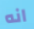
انه